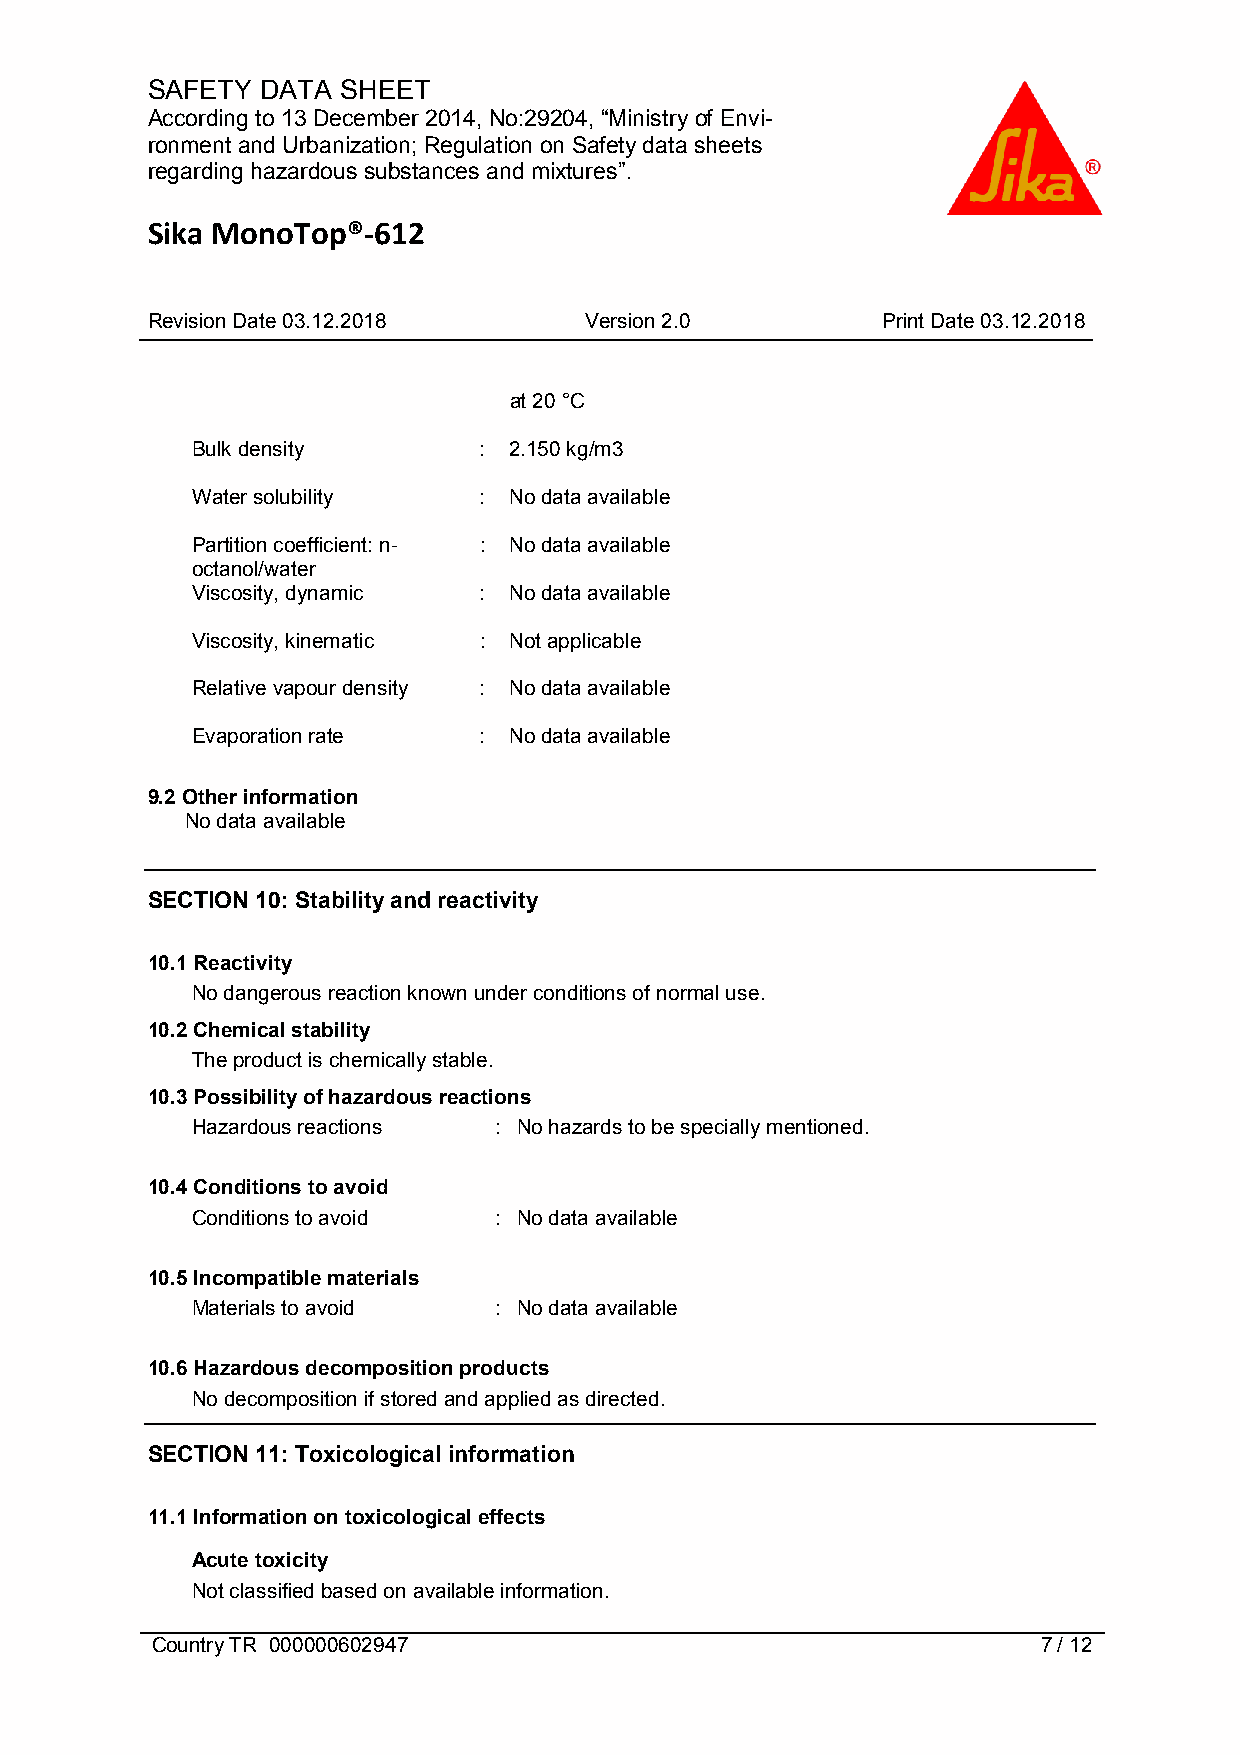
SAFETY DATA  SHEET
 According to 13 December 2014, No:29204, “Ministry of Envi-
 ronment and Urbanization; Regulation on Safety data sheets
 regarding hazardous substances and mixtures”.
 Sika MonoTop®-612
 Revision Date 03.12.2018     Version 2.0        Print Date 03.12.2018
 at 20 °C
 Bulk density       : 2.150 kg/m3
 Water solubility   : No data available
 Partition coefficient: n- : No data available
 octanol/water
 Viscosity, dynamic : No data available
 Viscosity, kinematic : Not applicable
 Relative vapour density : No data available
 Evaporation rate   : No data available
 9.2 Other information
 No data available
 SECTION 10: Stability and reactivity
 10.1 Reactivity
 No dangerous reaction known under conditions of normal use.
 10.2 Chemical stability
 The product is chemically stable.
 10.3 Possibility of hazardous reactions
 Hazardous reactions : No hazards to be specially mentioned.
 10.4 Conditions to avoid
 Conditions to avoid : No data available
 10.5 Incompatible materials
 Materials to avoid  : No data available
 10.6 Hazardous decomposition products
 No decomposition if stored and applied as directed.
 SECTION 11: Toxicological information
 11.1 Information on toxicological effects
 Acute toxicity
 Not classified based on available information.
 Country TR 000000602947                                    7 / 12